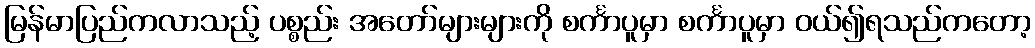
မြန်မာပြည်ကလာသည့် ပစ္စည်း အတော်များများကို စင်္ကာပူမှာ စင်္ကာပူမှာ ဝယ်၍ရသည်ကတော့